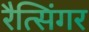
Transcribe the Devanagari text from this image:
रैत्सिंगर